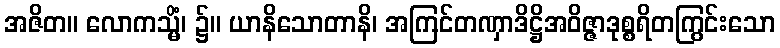
အဇိတ။ လောကသ္မိံ၊ ၌။ ယာနိသောတာနိ၊ အကြင်တဏှာဒိဋ္ဌိအဝိဇ္ဇာဒုစ္စရိတကြွင်းသော